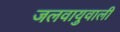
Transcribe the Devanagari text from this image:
जलवायुवाली